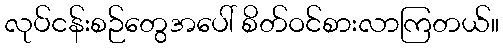
လုပ်ငန်းစဉ်တွေအပေါ် စိတ်ဝင်စားလာကြတယ်။